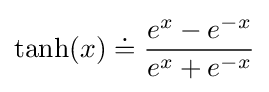
\tanh(x)\doteq {\frac {e^{x}-e^{-x}}{e^{x}+e^{-x}}}